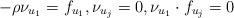
LaTeX: \begin{align*} -\rho \nu_{u_1}=f_{u_1}, \nu_{u_j}=0, \nu_{u_1}\cdot f_{u_j}=0\end{align*}